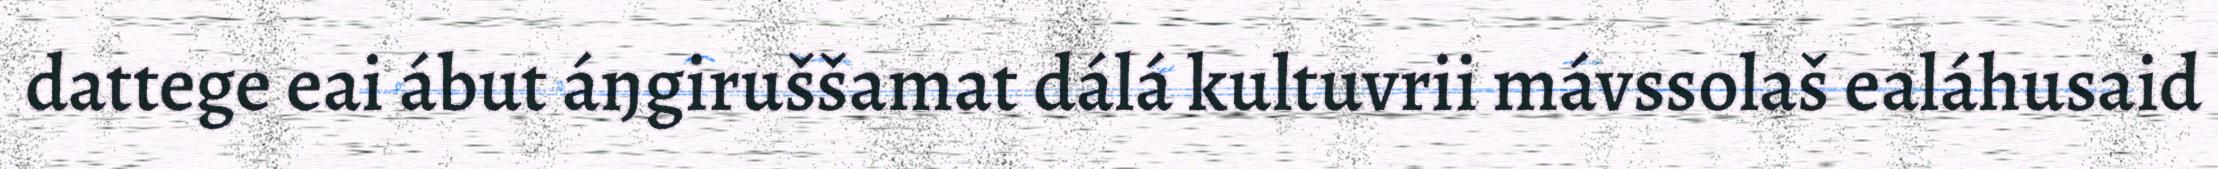
dattege eai ábut áŋgiruššamat dálá kultuvrii mávssolaš ealáhusaid